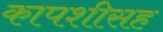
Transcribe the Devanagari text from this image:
कापशीसह